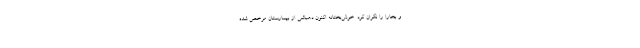
و بخارا را نگران کرد. خوش‌بختانه اکنون دهباشی از بیمارستان مرخص شده